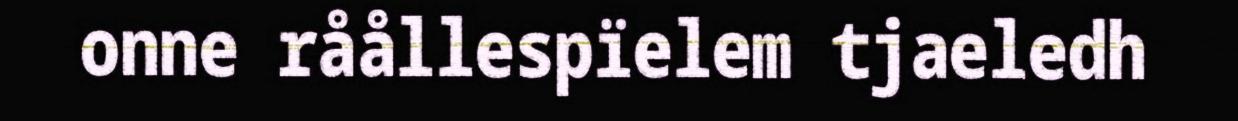
onne råållespïelem tjaeledh